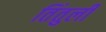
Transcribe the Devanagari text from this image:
तिंतुली